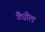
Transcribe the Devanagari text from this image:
गैधील